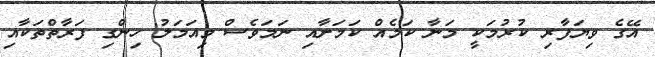
އޭގެ ވިޔަފާރި ކުރުމަކީ މަނާ ކަމެއް ކަމަށާއި ނަމަވެސް މިއަމަލު ހިންގި ފަރާތްތަކާއި